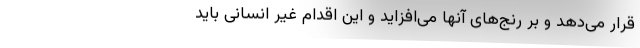
قرار می‌دهد و بر رنج‌های آنها می‌افزاید و این اقدام غیر انسانی باید